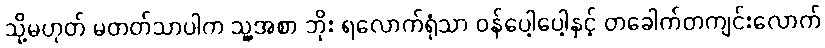
သို့မဟုတ် မတတ်သာပါက သူ့အစာ ဘိုး ရလောက်ရုံသာ ဝန်ပေါ့ပေါ့နှင့် တခေါက်တကျင်းလောက်